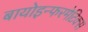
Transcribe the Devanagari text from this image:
बायोइन्फरमेटिक्स